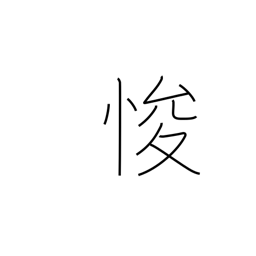
Meaning: amend